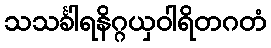
သသင်္ခါရနိဂ္ဂယှဝါရိတဂတံ